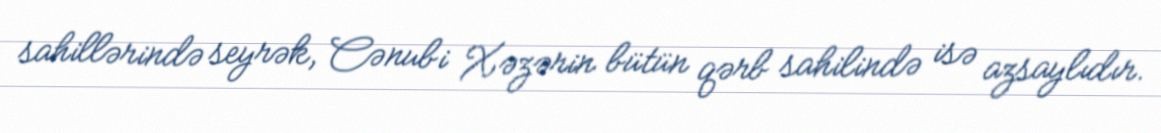
sahillərində seyrək, Cənubi Xəzərin bütün qərb sahilində isə azsaylıdır.